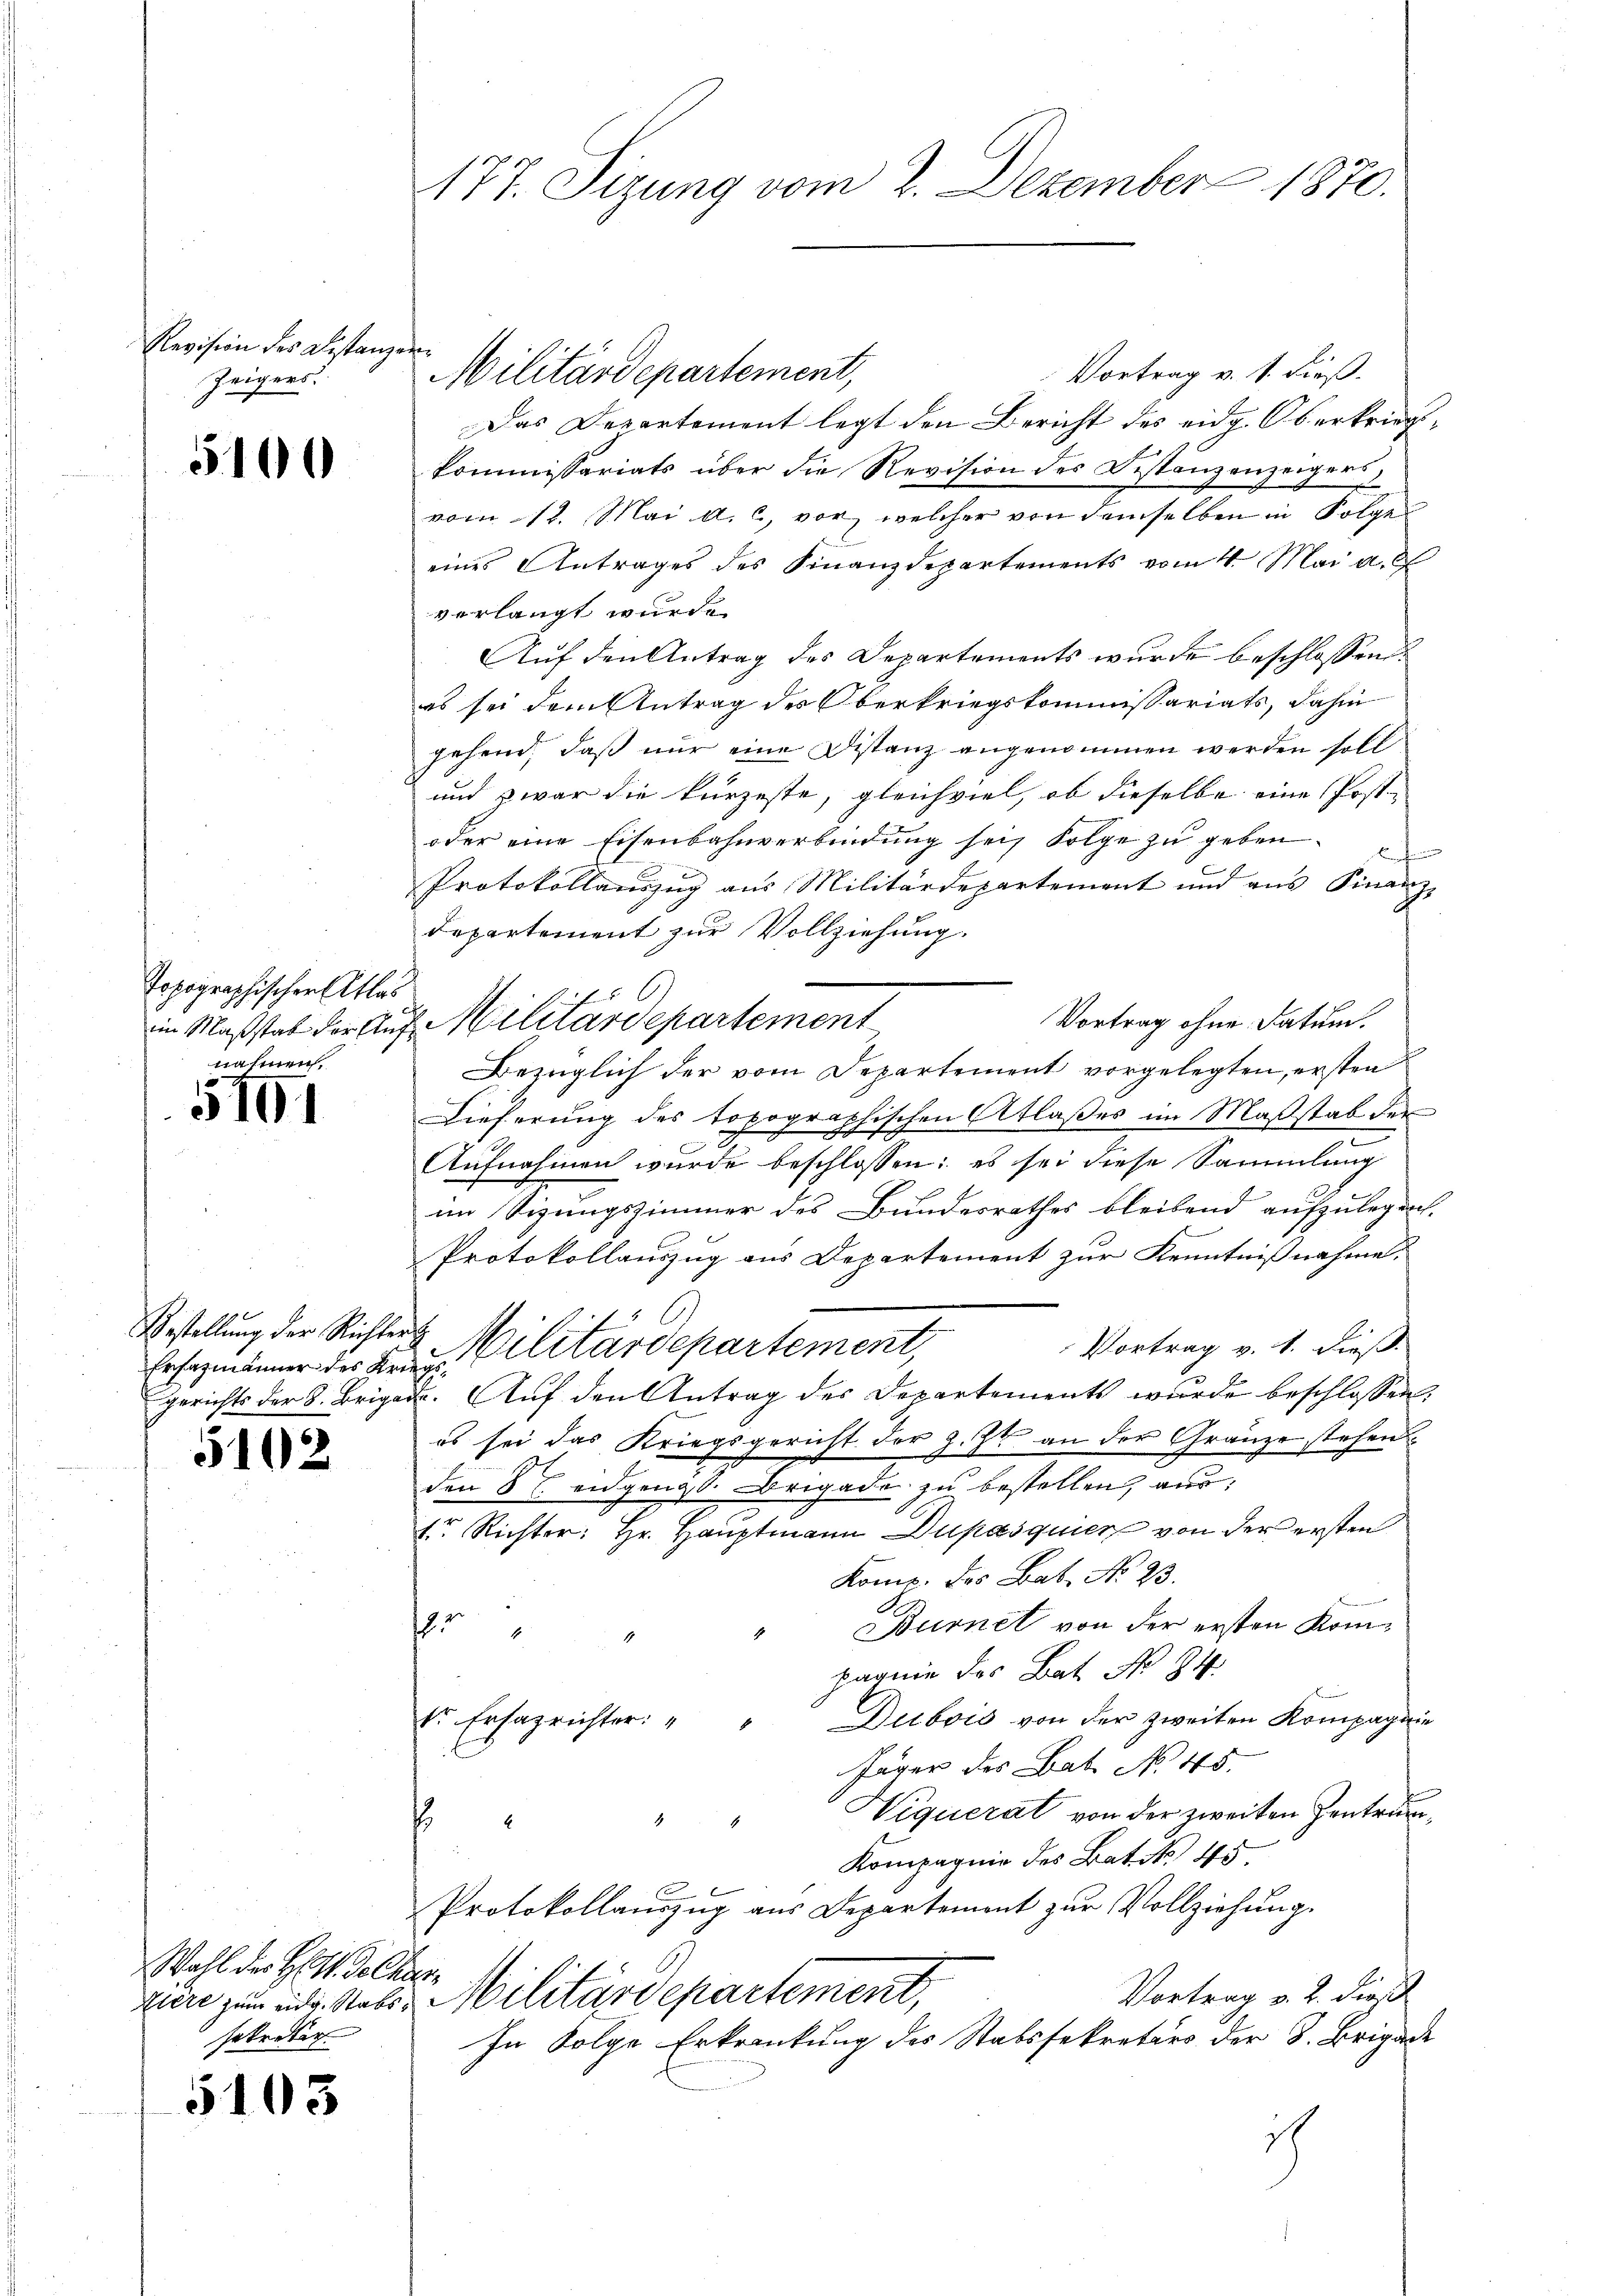
Revision des Bestanzen
Zeigers.

5100

Topographischer Atla
nahmen.

5191

Bestellung der Richtert

5102

Wahl der Bett. de Char
setreter

5103

177. Sizung vom 2. Dezember 1870.

Vortrag v. 1. dieß.
Das Departement legt den Bericht des eidg. Oberkriegskommissariats über die Revision des Bestanzenzeigers,
vom 12. Mai a. c. vor, welcher von demselben in Folge
eines Antrages des Finanzdepartements vom 4. Mai a. d
verlangt wurde.
Auf den Antrag des Departements wurde beschlossen:
es sei dem Antrag des Oberkriegskommissariats, dahin
gehend, daß nur eine Distanz angenommen werden soll
und zwar die kürzeste, gleichviel, ob dieselbe eine Post-
oder eine Eisenbahnverbindung sein Folge zu geben. D
Protokollauszug aus Militärdepartement und aus Finanz-
departement zur Vollziehung.
6.
Vortrag ohne Datum.
Bezüglich der vom Departement vorgelegten, ersten
Dieferung des topographischen Atlaßes im Maßstab der
Aŭfnahmen wurde beschlossen: es sei diese Sammlung
im Sizungszimmer des Bundesrathes bleibend aufzulegen.
Protokollauszug aus Departement zur Kenntnißnahme.
Vortrag v. 1. dieß.
Ersezmänner der Krieg Cilitärdepartement,
gerichts der 8. Brigade. Auf den Antrag des Departements wurde beschlossen:
es sei das Kriegsgericht der z. Zt. an der Gränze stehen
den 8t. eidgenöss. Brigade zu bestellen, aus,
1 Richter: Hr. Hauptmann Dupasquier von der ersten
Komp. des Bat. No 23.
" Burnet von der ersten Koms
pagnie des Bat No 84
Dubois von der zweiten Kompagnie
Sr. Ersazrichter: "
f
Jäger des Bat. No 45.
Viquerat von der zweiten Zentruns
2
Kompagnie des Bat. S. 45.
Protokollauszug aus Departement zur Vollziehung.
Vortrag v. 2. dieß
ziere zum ad. Raths Militärdepartement,
In Folge Erkrankung des Stabssekretärs der 3. Brigade
ich

Militärdepartement,

s
im Maßstab der Auf Militärdepartement